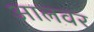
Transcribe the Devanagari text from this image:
आलवर